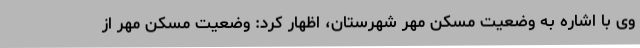
وی با اشاره به وضعیت مسکن مهر شهرستان، اظهار کرد: وضعیت مسکن مهر از